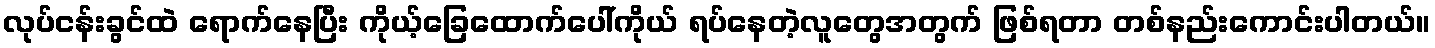
လုပ်ငန်းခွင်ထဲ ရောက်နေပြီး ကိုယ့်ခြေထောက်ပေါ်ကိုယ် ရပ်နေတဲ့လူတွေအတွက် ဖြစ်ရတာ တစ်နည်းကောင်းပါတယ်။